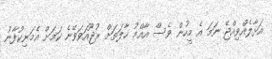
އަޅާލެއްވިއްޖެ ނަމަ އެ މީހުން ވެސް އާއްމު ހާލަތަށް ރުޖޫއަވަވޭނެ ކަމަށް އެމަނިކުފާނު